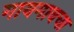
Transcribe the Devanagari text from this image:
गायगावचा